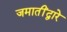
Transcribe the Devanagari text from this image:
जमातींद्वारे